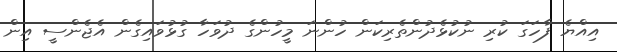
އިއްޔެ ފާހަގަ ކުރި ނުކުޅެދުންތެރިކަން ހުންނަ މީހުންގެ ދުވަހާ ގުޅުވައިގެން އެޖެންސީ އިން